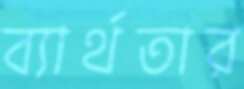
ব্যার্থতার